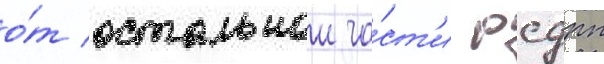
о́т остальнои ча́ст'и рсдрп